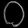
Digit: ၀